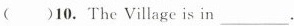
( )10. The Village is in___